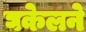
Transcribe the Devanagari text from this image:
घकेलने